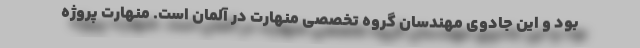
بود و این جادوی مهندسان گروه تخصصی منهارت در آلمان است. منهارت پروژه